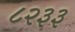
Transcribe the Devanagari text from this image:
८२३३